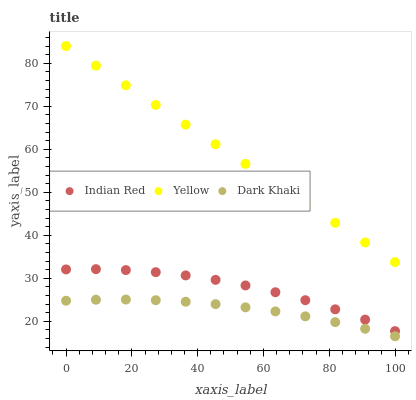
| xaxis_label | Indian Red | Yellow | Dark Khaki |
 | --- | --- | --- | --- |
 | 0 | 32.1 | 84 | 24.8 |
 | 9.09 | 32.1 | 79.4 | 25 |
 | 18.2 | 31.9 | 74.9 | 25.1 |
 | 27.3 | 31.4 | 70.3 | 24.9 |
 | 36.4 | 30.7 | 65.7 | 24.6 |
 | 45.5 | 29.7 | 61.2 | 24 |
 | 54.5 | 28.3 | 56.6 | 23.3 |
 | 63.6 | 26.8 | 52 | 22.3 |
 | 72.7 | 24.9 | 47.5 | 21.2 |
 | 81.8 | 22.8 | 42.9 | 19.8 |
 | 90.9 | 20.4 | 38.3 | 18.3 |
 | 100 | 17.7 | 33.8 | 16.5 |